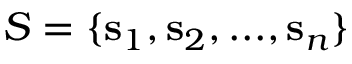
S = \{ \mathbf { s } _ { 1 } , \mathbf { s } _ { 2 } , . . . , \mathbf { s } _ { n } \}